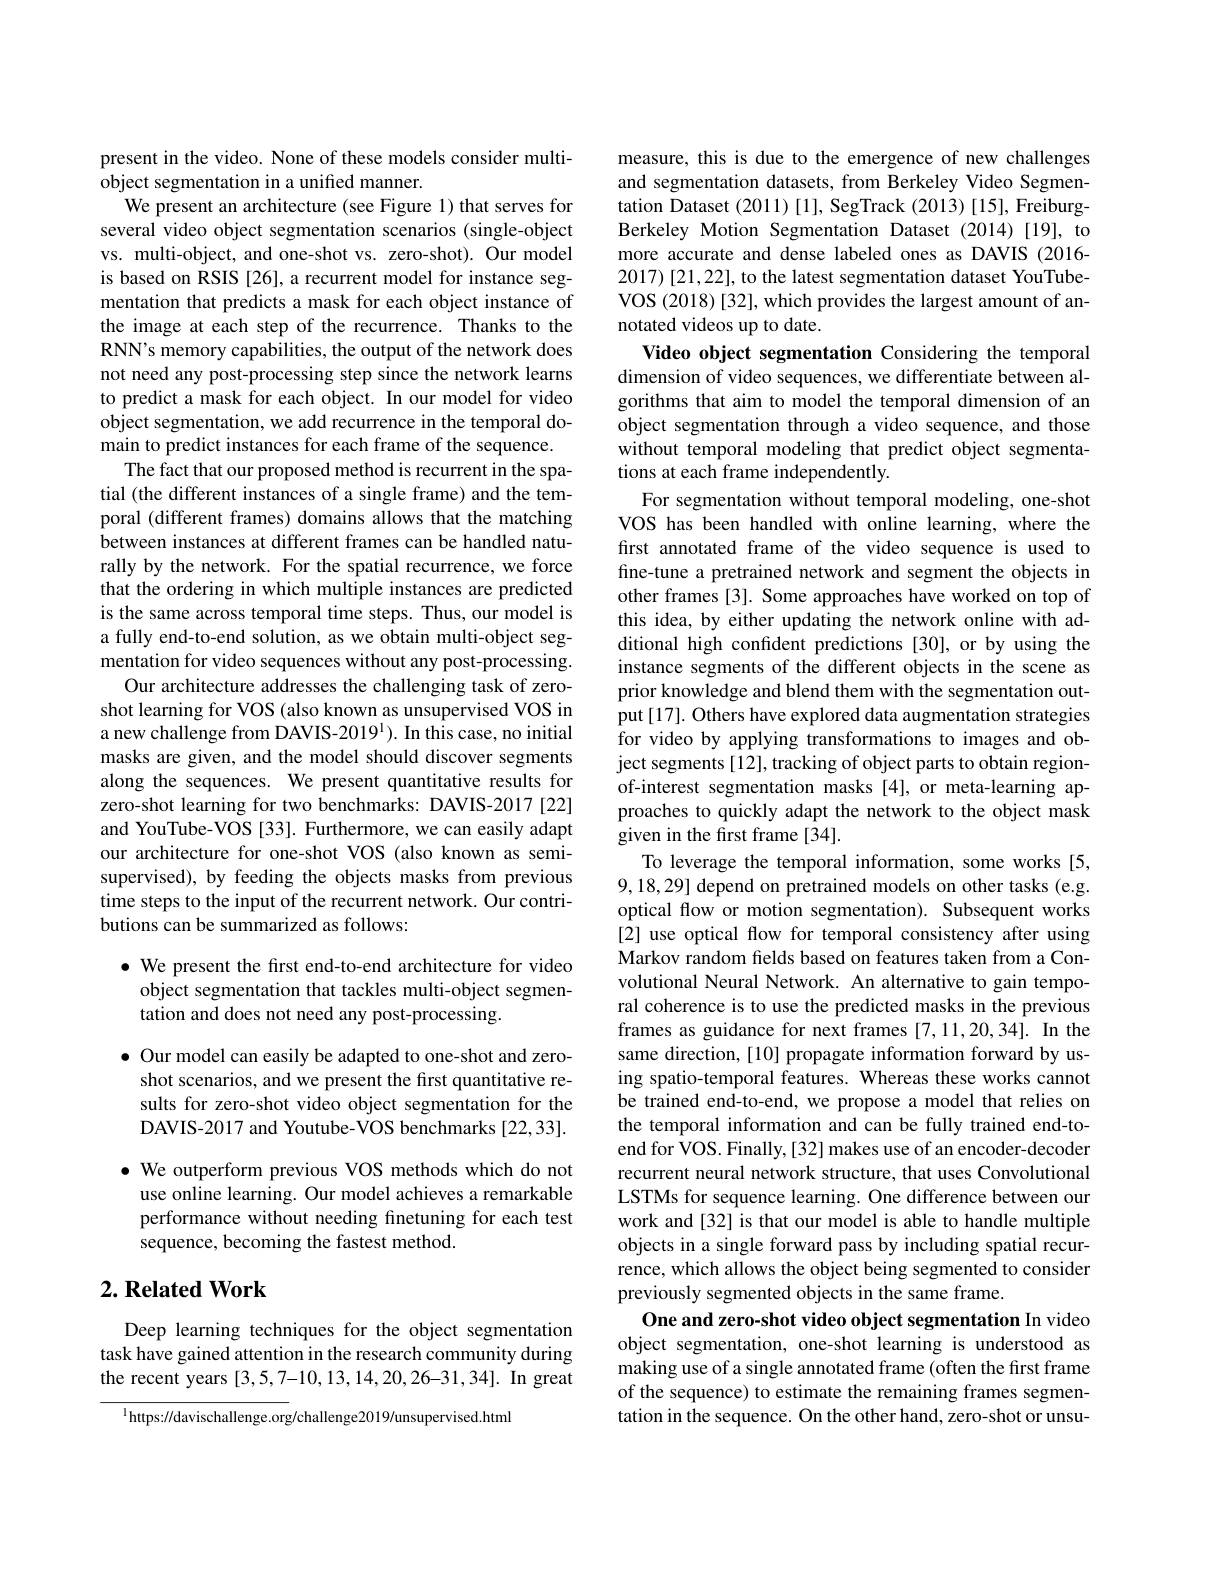
present in the video. None of these models consider multi-
object segmentation in a unified manner.
We present an architecture (see Figure 1) that serves for several video object segmentation scenarios (single-object vs. multi-object, and one-shot vs. zero-shot). Our model is based on RSIS [26], a recurrent model for instance segmentation that predicts a mask for each object instance of the image at each step of the recurrence. Thanks to the RNN's memory capabilities, the output of the network does not need any post-processing step since the network learns to predict a mask for each object. In our model for video object segmentation, we add recurrence in the temporal domain to predict instances for each frame of the sequence.
The fact that our proposed method is recurrent in the spatial (the different instances of a single frame) and the temporal (different frames) domains allows that the matching between instances at different frames can be handled naturally by the network. For the spatial recurrence, we force that the ordering in which multiple instances are predicted is the same across temporal time steps. Thus, our model is a fully end-to-end solution, as we obtain multi-object segmentation for video sequences without any post-processing.
Our architecture addresses the challenging task of zeroshot learning for VOS (also known as unsupervised VOS in a new challenge from DAVIS-2019$^1) .$In this case, no initial masks are given, and the model should discover segments along the sequences. We present quantitative results for zero-shot learning for two benchmarks: DAVIS-2017 [22] and YouTube-VOS [33]. Furthermore, we can easily adapt our architecture for one-shot VOS (also known as semisupervised), by feeding the objects masks from previous time steps to the input of the recurrent network. Our contributions can be summarized as follows:

$\bullet$ We present the first end-to-end architecture for video
object segmentation that tackles multi-object segmen-
tation and does not need any post-processing.

$\bullet$ Our model can easily be adapted to one-shot and zeroshot scenarios, and we present the first quantitative results for zero-shot video object segmentation for the DAVIS-2017 and Youtube-VOS benchmarks [22,33].
$\bullet$ We outperform previous VOS methods which do not
use online learning. Our model achieves a remarkable performance without needing finetuning for each test sequence, becoming the fastest method.

## $2. \textbf{Related Work}$

Deep learning techniques for the object segmentation task have gained attention in the research community during the recent years [3,5,7-10,13,14,20,26-31,34]. In great

$^{1}$https://davischallenge.org/challenge2019/unsupervised.html

measure, this is due to the emergence of new challenges and segmentation datasets, from Berkeley Video Segmentation Dataset (2011) [1], SegTrack (2013) [15], FreiburgBerkeley Motion Segmentation Dataset (2014)[19], to more accurate and dense labeled ones as DAVIS (2016- 2017) [21,22], to the latest segmentation dataset YouTubeVOS (2018) [32], which provides the largest amount of annotated videos up to date.
Video object segmentation Considering the temporal dimension of video sequences, we differentiate between algorithms that aim to model the temporal dimension of an object segmentation through a video sequence, and those without temporal modeling that predict object segmentations at each frame independently.
For segmentation without temporal modeling, one-shot VOS has been handled with online learning, where the first annotated frame of the video sequence is used to fine-tune a pretrained network and segment the objects in other frames [3]. Some approaches have worked on top of this idea, by either updating the network online with additional high confident predictions [30], or by using the instance segments of the different objects in the scene as prior knowledge and blend them with the segmentation output[17]. Others have explored data augmentation strategies for video by applying transformations to images and object segments [12], tracking of object parts to obtain regionof-interest segmentation masks [4], or meta-learning approaches to quickly adapt the network to the object mask given in the first frame [34].
To leverage the temporal information, some works [5, 9,18,29] depend on pretrained models on other tasks (e.g. optical flow or motion segmentation). Subsequent works [2] use optical flow for temporal consistency after using Markov random felds based on features taken from a Convolutional Neural Network. An alternative to gain temporal coherence is to use the predicted masks in the previous frames as guidance for next frames [7,11,20,34]. In the same direction, [10] propagate information forward by using spatio-temporal features. Whereas these works cannot be trained end-to-end, we propose a model that relies on the temporal information and can be fully trained end-toend for VOS. Finally, [32] makes use of an encoder-decoder recurrent neural network structure, that uses Convolutional LSTMs for sequence learning. One difference between our work and [32] is that our model is able to handle multiple objects in a single forward pass by including spatial recurrence, which allows the object being segmented to consider previously segmented objects in the same frame.
One and zero-shot video object segmentation In video object segmentation, one-shot learning is understood as making use of a single annotated frame (often the first frame of the sequence) to estimate the remaining frames segmentation in the sequence. On the other hand, zero-shot or unsu-